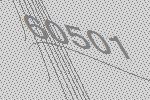
60501